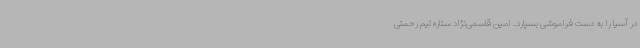
در آسیا را به دست فراموشی بسپارد. امین قاسمی‌نژاد ستاره تیم رحمتی